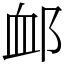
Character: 䘏